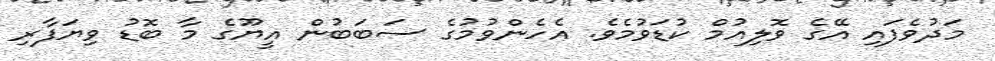
މަދުވެފައި އޭގެ ވޮލިއުމް ކުޑަވުމެވެ. އެހެންވުމުގެ ސަބަބުން އީޔޫގެ މާ ބޮޑު ވިޔަފާރި